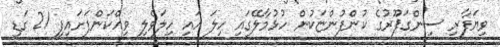
ވިޔަފާރި ސިންގަޕޫރުގެ ކުންފުންޏަކުން ހުޅުމާލޭގައި ހިލަ އައި ހިލަވެލި ވިއްކަންފަށައިފި 21 ގަޑި